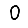
Digit: 0